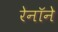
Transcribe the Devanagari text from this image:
रेनॉने